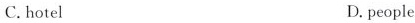
C.hotel D. people